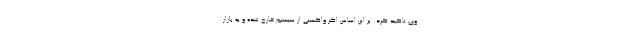
وی تاکید کرد: بر این اساس اگر واکسنی از سیستم خارج شده و به بازار